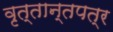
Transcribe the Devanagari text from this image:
वृत्तान्तपत्र